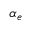
\alpha _ { e }